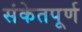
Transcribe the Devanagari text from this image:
संकेतपूर्ण